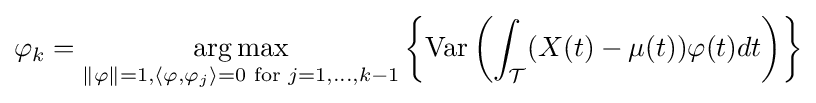
\varphi _{k}={\underset {\Vert \mathbf {\varphi } \Vert =1,\langle \varphi ,\varphi _{j}\rangle =0{\text{ for }}j=1,\dots ,k-1}{\operatorname {arg\,max} }}\left\{\operatorname {Var} \left(\int _{\mathcal {T}}(X(t)-\mu (t))\varphi (t)dt\right)\right\}